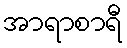
အာရာစာရီ